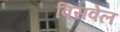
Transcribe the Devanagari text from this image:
विसवेल